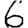
Digit: 6